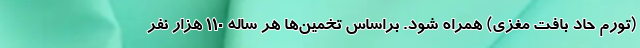
(تورم حاد بافت مغزی) همراه شود. براساس تخمین‌ها هر ساله 110 هزار نفر